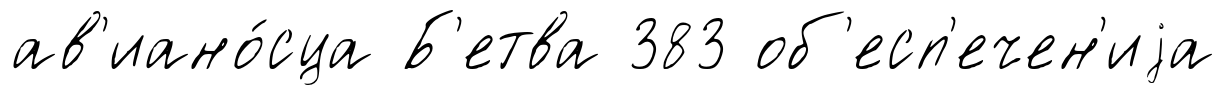
ав'иано́сца Б'етва 383 об'есп'ечен'иjа